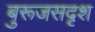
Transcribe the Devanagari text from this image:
बुरूजसदृश